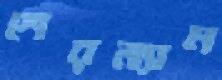
শেরম্যান